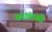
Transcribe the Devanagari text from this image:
वडलांशी